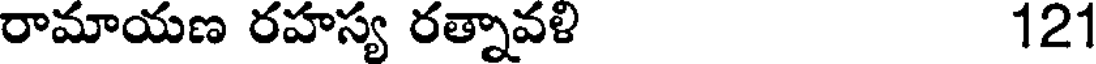
రామాయణ రహస్య రత్నావళి 121